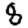
Digit: 8